Scottish Leaving Certificate Examination, 1958
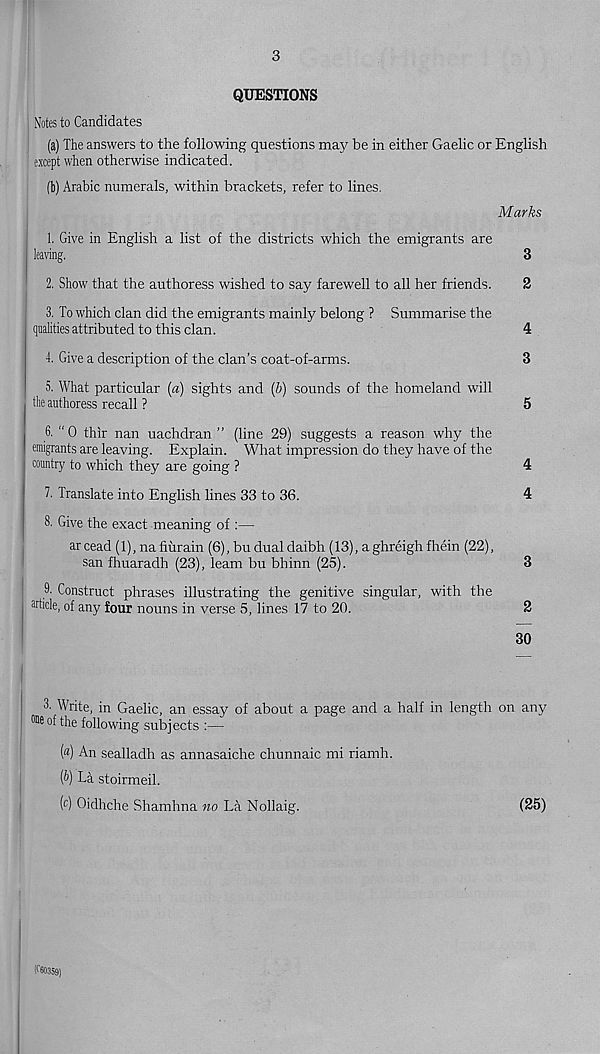
3
QUESTIONS
Notes to Candidates
(a) The answers to the following questions may be in either Gaelic or English
except when otherwise indicated.
(b) Arabic numerals, within brackets, refer to lines.
Marks
1. Give in English a list of the districts which the emigrants are
leaving.
3
2. Show that the authoress wished to say farewell to all her friends.
2
3. To which clan did the emigrants mainly belong ? Summarise the
qualities attributed to this clan.
4
4. Give a description of the clan’s coat-of-arms.
3
5. What particular [a) sights and [b) sounds of the homeland will
the authoress recall ?
5
f>. “0 thir nan uachdran ” (line 29) suggests a reason why the
emigrants are leaving. Explain. What impression do they have of the
country to which they are going ?
4
7. Translate into English lines 33 to 36.
4
8. Give the exact meaning of:—
arcead (1), nafiiirain (6), budualdaibh (13), aghreighfhein (22),
san fhuaradh (23), learn bu bhinn (25).
3
9. Construct phrases illustrating the genitive singular, with the
article, of any four nouns in verse 5, lines 17 to 20.
2
30
8- Write, in Gaelic, an essay of about a page and a half in length on any
®eof the following subjects :—
(а) An sealladh as annasaiche chunnaic mi riamh.
(б) La stoirmeil.
( c ) Oidhche Shamhna no La Nollaig.
(25)
(C60359)